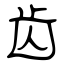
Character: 齿